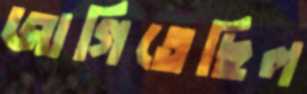
জাগিতেছিল